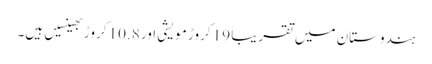
ہندوستان میں تقریباً 19 کروڑ مویشی اور 10.8 کروڑ بھینسیں ہیں۔